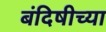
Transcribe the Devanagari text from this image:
बंदिषीच्या